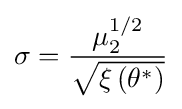
\sigma ={\frac {\mu _{2}^{1/2}}{\sqrt {\xi \left(\theta ^{*}\right)}}}